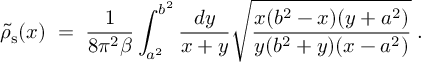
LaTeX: \tilde { \rho } _ { \mathrm { s } } ( x ) \; = \; { \frac { 1 } { 8 \pi ^ { 2 } \beta } } \int _ { a ^ { 2 } } ^ { b ^ { 2 } } { \frac { d y } { x + y } } \sqrt { { \frac { x ( b ^ { 2 } - x ) ( y + a ^ { 2 } ) } { y ( b ^ { 2 } + y ) ( x - a ^ { 2 } ) } } } \; .